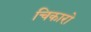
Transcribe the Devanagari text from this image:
चिकारो